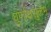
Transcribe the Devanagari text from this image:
घूर्णाक्षसुलभ